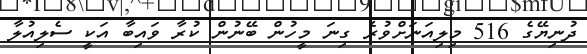
ދުނިޔޭގެ 516 މިލިއަނަށްވުރެ ގިނަ މީހުން ބޭނުން ކުރާ ވައިބާ އަކީ ސެލިއުލާ